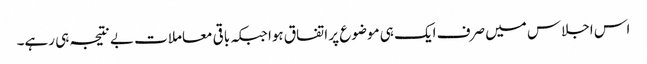
اس اجلاس میں صرف ایک ہی موضوع پر اتفاق ہوا جبکہ باقی معاملات بے نتیجہ ہی رہے۔